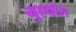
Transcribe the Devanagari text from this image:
नुएवोस